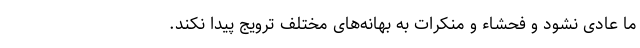
ما عادی نشود و فحشاء و مُنکرات به بهانه‌های مختلف ترویج پیدا نکند.